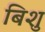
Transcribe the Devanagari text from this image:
बिशु